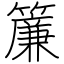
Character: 簾